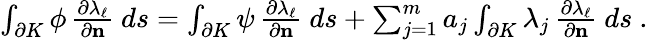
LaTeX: \begin{array}{r}{\int_{\partial K}\phi\, \frac{\partial\lambda_{\ell}}{\partial\mathbf{n}}~ds=\int_{\partial K}\psi\, \frac{\partial\lambda_{\ell}}{\partial\mathbf{n}}~ds+\sum_{j=1}^{m}a_{j}\int_{\partial K}\lambda_{j}\, \frac{\partial\lambda_{\ell}}{\partial\mathbf{n}}~ds~.}\end{array}